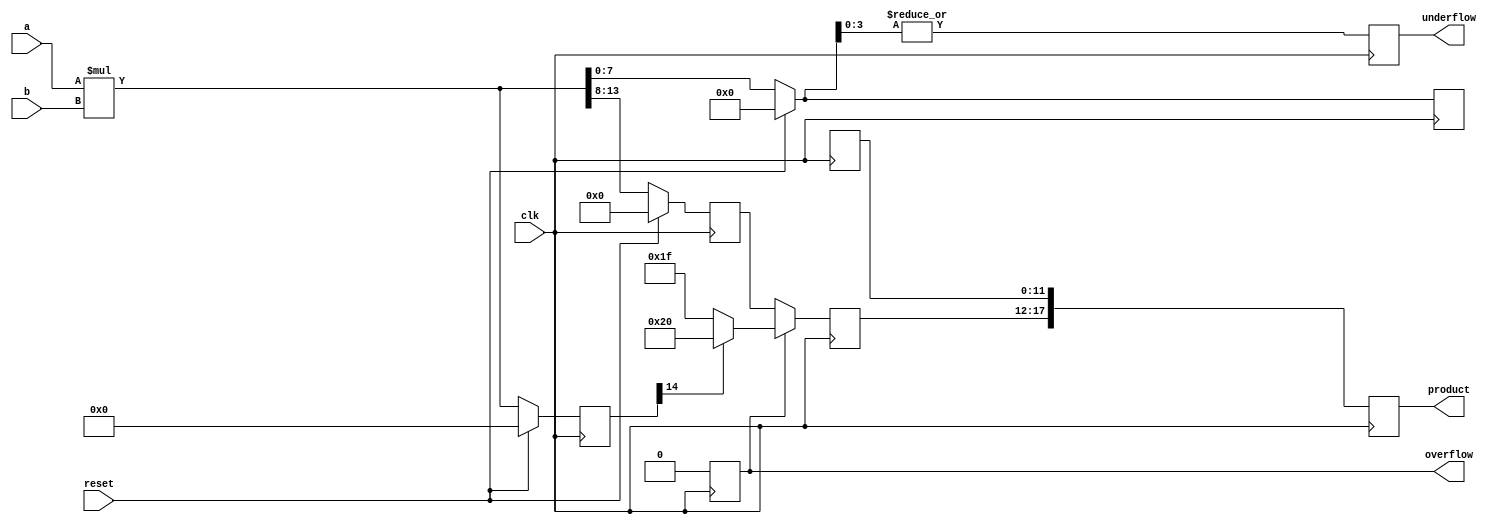
`timescale 1ns / 1ps
//////////////////////////////////////////////////////////////////////////////////
// Company: 
// Engineer: 
// 
// Design Name: 
// Module Name: fpmultiply
// Project Name: 
// Target Devices: 
// Tool Versions: 
// Description: 
// 
// Dependencies: 
// 
// Revision:
// Revision 0.01 - File Created
// Additional Comments:
// 
//////////////////////////////////////////////////////////////////////////////////


module fpmultiply
#(   
       parameter int1=6,
       parameter frac1=8,
       parameter int2=6,
       parameter frac2=8,
       parameter out_int=6,
       parameter out_frac=12
             ) (
                     input clk,
                     input reset,
                     input signed [int1+frac1-1:0]a,
                     input signed [int2+frac2-1:0]b,
                     output reg overflow,
                     output reg underflow,
                     output  reg signed [out_int+out_frac-1:0]product
               );
 
localparam int_max=(int1>=int2)?int1:int2;
localparam frac_max=(frac1>=frac2)?frac1:frac2;
 
reg [int_max+frac_max:0]product_temp;
reg [int_max:0]product_temp_i;
reg [frac_max-1:0]product_temp_f;

reg [out_int-1:0]product_i;
reg [out_frac-1:0]product_f;

always@(posedge clk) begin
     if(reset) begin
        product_temp <= 'd0;
        product_temp_i <= 'd0;
        product_temp_f <= 'd0;
        overflow <= 'd0;
        underflow <= 'd0;
     end
     else begin
       product_temp = a*b;
       product_temp_i = product_temp[int_max+frac_max:frac_max];
       product_temp_f = product_temp[frac_max:0];
     end
     if(out_frac>int_max)
     underflow = |product_temp_f[out_frac-frac_max-1:0];
     else if(out_frac<int_max)
     underflow = |product_temp_f[frac_max-out_frac-1:0];
     else
     underflow = |product_temp_f[out_frac-1:0];
     if(out_frac>int_max)
        overflow=0;
     else if(product_temp[int_max+frac_max]==0)
        overflow=|product_temp[int_max+frac_max:(int_max+frac_max-(int_max-(out_int-1)))];
     else if(product_temp[int_max+frac_max]==1)
        overflow=(~(&product_temp[int_max+frac_max:frac_max+out_int-1]));
     else
        overflow=0;  
end

always@(posedge clk) begin
   // product_f <= product_temp_f[frac_max-1:frac_max-out_frac];
    product_f <= product_temp_f[frac_max-1:frac_max-out_frac];
    if(overflow)begin
        if(product_temp[int_max+frac_max] == 0) begin
            product_i <= {product_temp[int_max+frac_max],{(out_int-1){1'b1}}};
        end
        else if( product_temp[int_max+frac_max] == 1) begin
            product_i <= {product_temp[int_max+frac_max],{(out_int-1){1'b0}}};
        end
     end
     else begin
        product_i <= product_temp_i[out_int-1:0];
     end
     product <= {product_i,product_f};
end

endmodule